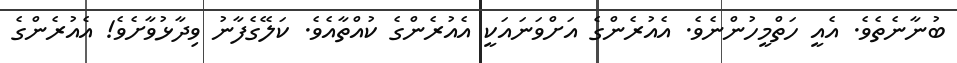
ބުނާނެތެވެ. އެއީ ހަތްމީހުންނެވެ. އެއުރެންގެ އަށްވަނައަކީ އެއުރެންގެ ކުއްތާއެވެ. ކަލޭގެފާނު ވިދާޅުވާށެވެ! އެއުރެންގެ